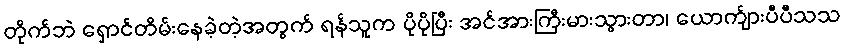
တိုက်ဘဲ ရှောင်တိမ်းနေခဲ့တဲ့အတွက် ရန်သူက ပိုပိုပြီး အင်အားကြီးမားသွားတာ၊ ယောက်ျားပီပီသသ